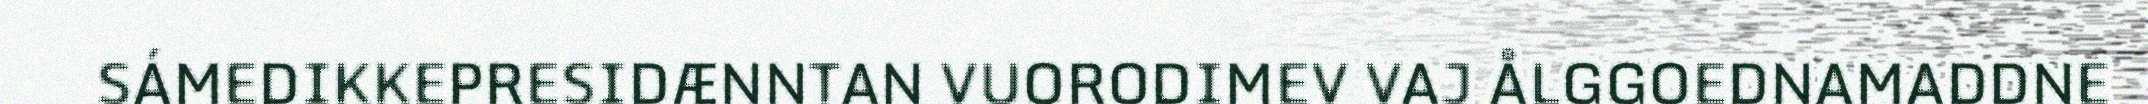
SÁMEDIKKEPRESIDÆNNTAN VUORODIMEV VAJ ÅLGGOEDNAMADDNE